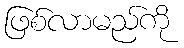
ဖြစ်လာမည်ကို